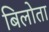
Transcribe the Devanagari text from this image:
बिलोता